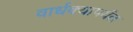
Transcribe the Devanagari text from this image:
वार्धक्यापर्यंत